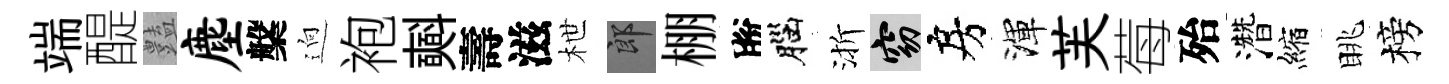
端醍𧰟麈槃逈袍𣂏壽滋枻郎棚脫腦渐窈房渾芙莓殆濳縮眺榜